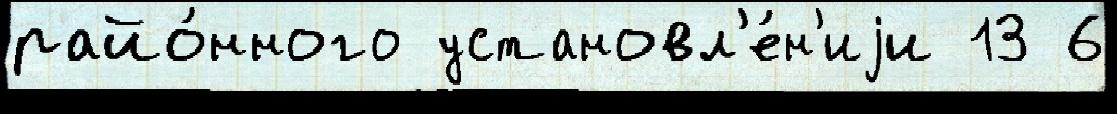
райо́нного установл'е́н'иjи 13 6